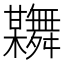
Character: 𦨂